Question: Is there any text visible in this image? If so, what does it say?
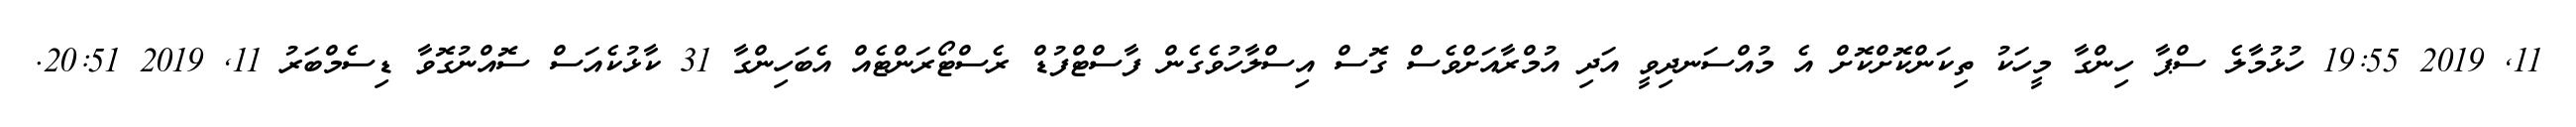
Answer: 11, 2019 19:55 ހުޅުމާލެ ސްޕާ ހިންގާ މީހަކު ތިކަންކޮށްކޮށް އެ މުއްސަނދިވީ އަދި އުމްރާއަށްވެސް ގޮސް އިސްލާހުވެގެން ފާސްޓްފުޑް ރެސްޓޯރަންޓެއް އެބަހިންގާ 31 ކާޅުކެއަސް ސޮއްނުގޮވާ ޑިސެމްބަރު 11, 2019 20:51.